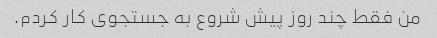
من فقط چند روز پیش شروع به جستجوی کار کردم.